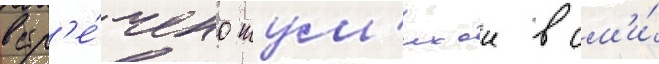
встр'е́чено шум'ихои в см'и́